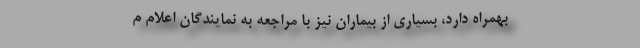
بهمراه دارد، بسیاری از بیماران نیز با مراجعه به نمایندگان اعلام م